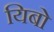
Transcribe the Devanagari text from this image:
यिबो